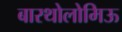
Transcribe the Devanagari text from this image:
बारथोलोमिऊ